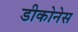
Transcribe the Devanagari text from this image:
डीकोनेस